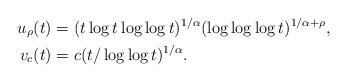
LaTeX: \begin{align*}u_\rho(t)&=(t\log t\log\log t)^{1/\alpha}( \log\log\log t)^{1/\alpha+\rho},\\v_c(t)&=c(t/\log\log t)^{1/\alpha}.\end{align*}